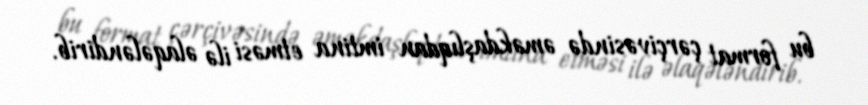
bu format çərçivəsində əməkdaşlıqdan imtina etməsi ilə əlaqələndirib.